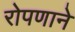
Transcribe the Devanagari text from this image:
रोपणाने